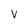
Character: v